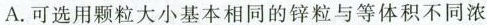
A.可选用颗粒大小基本相同的锌粒与等体积不同浓反应速率。